Indian journal of veterinary science and animal husbandry - Volume 14,
Year: 1944
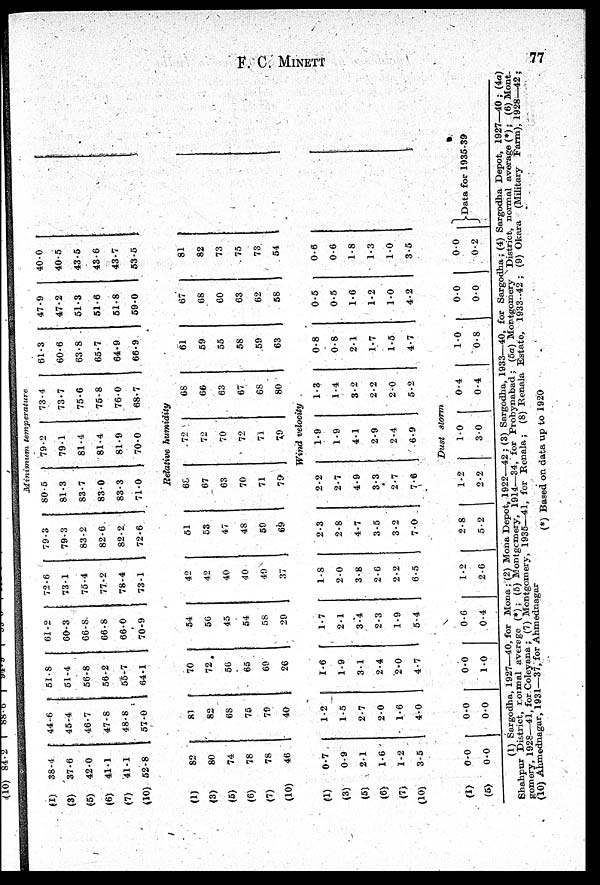
F. C. MINETT
77
Minimum
temperature
(1)
(3)
(5)
(6)
(7)
(10)
38.4
37.6
42.0
41.1
41.1
52.8
44.6
45.4
46.7
47.8
48.8
57.0
51.8
51.4
56.8
56.2
55.7
64.1
61.2
60.3
66.8
66.8
66.0
70.9
72.6
73.1
75.4
77.2
78.4
73.1
79.3
79.3
83.2
82.6
82.2
72.6
80.5
81.3
83.7
83.0
83.3
71.0
79.2
79.1
81.4
81.4
81.9
70.0
73.4
73.7
75.6
75.8
76.0
68.7
61.3
60.6
63.8
65.7
64.9
66.9
47.9
47.2
51.3
51.6
51.8
59.0
40.0
40.5
43.5
43.6
43.7
53.5
Relative
humidity
(1)
(3)
(5)
(6)
(7)
(10)
82
80
74
78
78
46
81
82
68
75
79
40
70
72
56
65
69
26
54
56
45
54
58
29
42
42
40
40
49
37
51
53
47
48
59
69
68
67
63
70
71
79
72
72
70
72
71
79
68
66
63
67
68
80
61
59
55
58
59
63
67
68
60
63
62
58
81
82
73
75
73
54
Wind velocity
(1)
(3)
(5)
(6)
(7)
(10)
0.7
0.9
2.1
1.6
1.2
3.5
1.2
1.5
2.7
2.0
1.6
4.0
1.6
1.9
3.1
2.4
2.0
4.7
1.7
2.1
3.4
2.3
1.9
5.4
1.8
2.0
3.8
2.6
2.2
6.5
2.3
2.8
4.7
3.5
3.2
7.0
2.2
2.7
4.9
3.3
2.7
7.6
1.9
1.9
4.1
2.9
2.4
6.9
1.3
1.4
3.2
2.2
2.0
5.2
0.8
0.8
2.1
1.7
1.5
4.7
0.5
0.5
1.6
1.2
1.0
4.2
0.6
0.6
1.8
1.3
1.0
3.5
Dust
storm
(1)
(5)
0.0
0.0
0.0
0.0
0.0
1.0
0.6
0.4
1.2
2.6
2.8
5.2
1.2
2.2
1.0
3.0
0.4
0.4
1.0
0.8
0.0
0.0
0.0
0.2
}Data for 1935-39
(1) Sargodha, 1927—40, for Mona ; (2) Mona Depot, 1922—42 ; (3) Sargodha, 1933—40, for Sargodha ; (4) Sargodha Depot, 1927—40 ; (4a)
Shahpur District, normal average (*) ; (5) Montgomery, 1914—34, for Probynabad ; (5a) Montgomery District, normal average (*) ; (6) Mont-
gomery, 1928—41, for Coleyana ; (7) Montgomery, 1935—41, for Renala ; (8) Renala Estate, 1933—42 ; (9) Okara (Military Farm), 1928—42 ;
(10) Ahmednagar, 1931—37, for Ahmednagar
(*) Based on data up to 1920